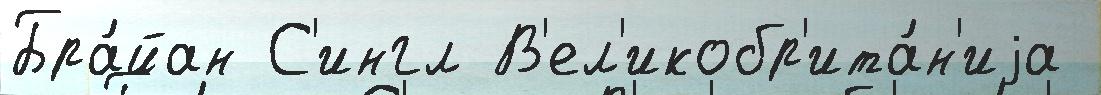
Бра́йан С'ингл В'ел'икобр'ита́н'иjа